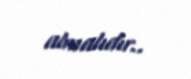
almalıdır..